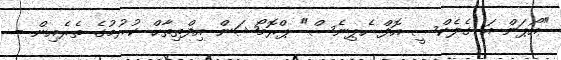
"އޯޕަން އަ ގެލެކްސީ އޮފް ހެޕިނެސް" ޕްރޮޮމޯޝަން އިފްތިތާޙް ކުރުމުގެ ތެރެއިން -